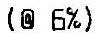
(@ 6%)